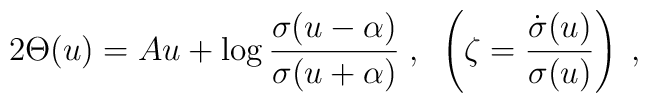
2\Theta(u) = Au + \log \frac{\sigma (u-\alpha)}{\sigma(u+\alpha)} \; , \; \;\left(\zeta=\frac{\dot{\sigma}(u)}{\sigma(u)} \right) \; ,